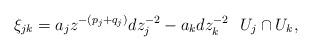
LaTeX: \begin{align*}\xi_{jk} = a_jz^{-(p_j+q_j)} dz_j^{-2} - a_kdz_k^{-2}\ \ U_j\cap U_k,\end{align*}